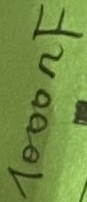
Text: 1000nF